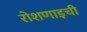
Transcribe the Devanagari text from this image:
रोशणाइची